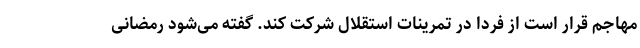
مهاجم قرار است از فردا در تمرینات استقلال شرکت کند. گفته می‌شود رمضانی